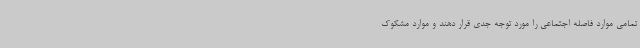
تمامی موارد فاصله اجتماعی را مورد توجه جدی قرار دهند و موارد مشکوک